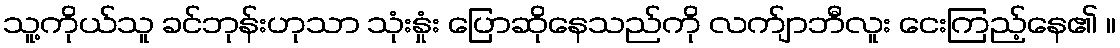
သူ့ကိုယ်သူ ခင်ဘုန်းဟုသာ သုံးနှုံး ပြောဆိုနေသည်ကို လက်ျာဘီလူး ငေးကြည့်နေ၏ ။